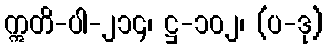
ဣတိ-ပါ-၂၁၄၊ ဋ္ဌ-၁၀၂၊ (ပ-ဒု)